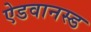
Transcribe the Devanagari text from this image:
ऐडवानस्ड